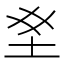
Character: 𫭣